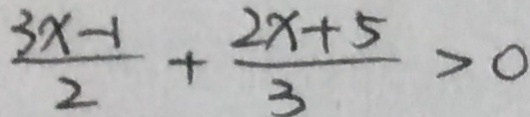
\frac { 3 x - 1 } { 2 } + \frac { 2 x + 5 } { 3 } > 0